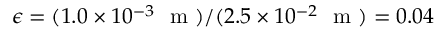
\epsilon = ( 1 . 0 \times 1 0 ^ { - 3 } ~ \mathrm { ~ m ~ } ) / ( 2 . 5 \times 1 0 ^ { - 2 } ~ \mathrm { ~ m ~ } ) = 0 . 0 4